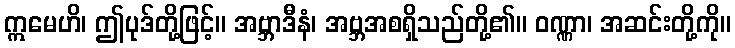
ဣမေဟိ၊ ဤပုဒ်တို့ဖြင့်။ အဗ္ဘာဒီနံ၊ အဗ္ဘအစရှိသည်တို့၏။ ဝဏ္ဏာ၊ အဆင်းတို့ကို။